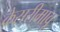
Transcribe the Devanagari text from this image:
केसरीमावू